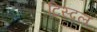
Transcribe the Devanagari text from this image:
टिस्दल